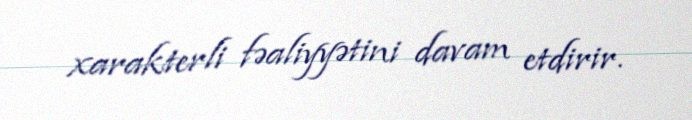
xarakterli fəaliyyətini davam etdirir.